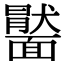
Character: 𩉂